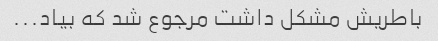
باطریش مشکل داشت مرجوع شد که بیاد...